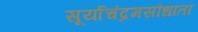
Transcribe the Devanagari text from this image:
सूर्याचंद्रमसौधाता